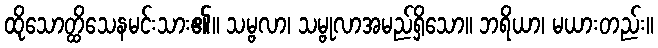
ထိုသောတ္ထိသေနမင်းသား၏။ သမ္ဗလာ၊ သမ္ဗုလာအမည်ရှိသော။ ဘရိယာ၊ မယားတည်း။